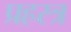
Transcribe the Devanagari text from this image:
प्रहस्त्र